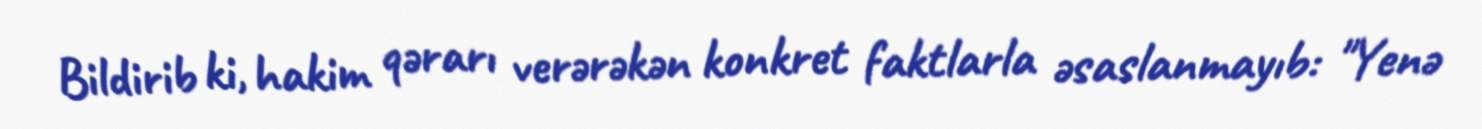
Bildirib ki, hakim qərarı verərəkən konkret faktlarla əsaslanmayıb: "Yenə